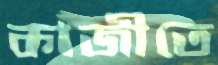
কাজীতে